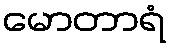
မောတာရံ